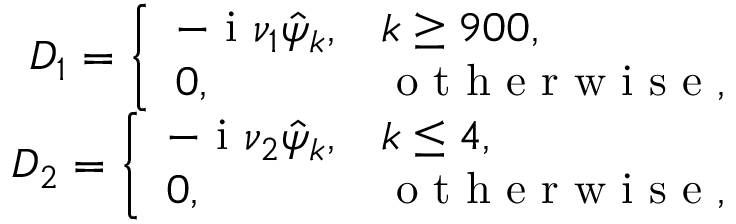
\begin{array} { r } { D _ { 1 } = \left\{ \begin{array} { l l } { - \textnormal { i } \nu _ { 1 } \hat { \psi } _ { k } , } & { k \ge 9 0 0 , } \\ { 0 , } & { \mathrm { ~ o ~ t ~ h ~ e ~ r ~ w ~ i ~ s ~ e ~ } , } \end{array} \right. } \\ { D _ { 2 } = \left\{ \begin{array} { l l } { - \textnormal { i } \nu _ { 2 } \hat { \psi } _ { k } , } & { k \le 4 , } \\ { 0 , } & { \mathrm { ~ o ~ t ~ h ~ e ~ r ~ w ~ i ~ s ~ e ~ } , } \end{array} \right. } \end{array}